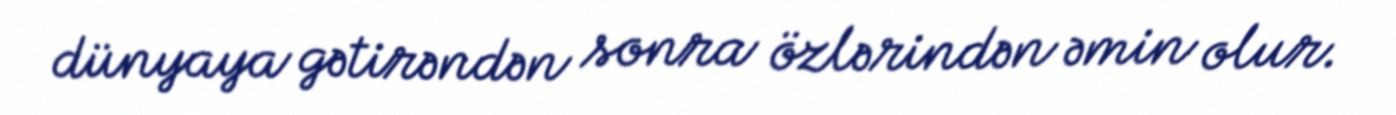
dünyaya gətirəndən sonra özlərindən əmin olur.